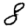
Digit: 8